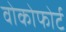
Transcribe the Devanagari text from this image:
वोकोफोर्ट